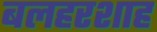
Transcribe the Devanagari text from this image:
बलहरशाह